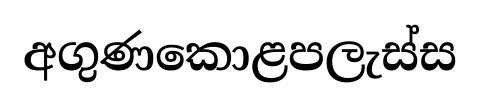
අගුණකොළපලැස්ස